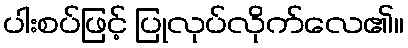
ပါးစပ်ဖြင့် ပြုလုပ်လိုက်လေ၏။